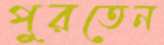
পুরতেন